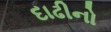
દાઢીનો